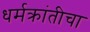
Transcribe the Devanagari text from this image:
धर्मक्रांतीचा